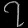
Digit: ၇